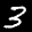
Label: 3